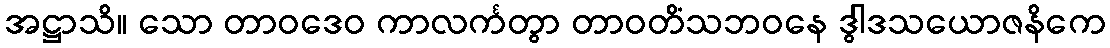
အဋ္ဌာသိ။ သော တာဝဒေဝ ကာလင်္ကတွာ တာဝတိံသဘဝနေ ဒွါဒသယောဇနိကေ